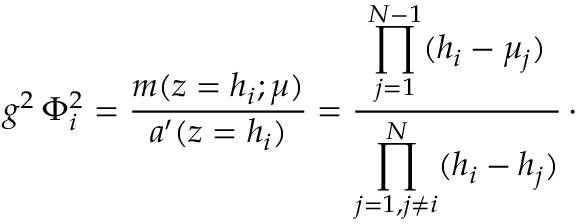
g ^ { 2 } \, \Phi _ { i } ^ { 2 } = { \frac { m ( z = h _ { i } ; \mu ) } { a ^ { \prime } ( z = h _ { i } ) } } = { \frac { \displaystyle \prod _ { j = 1 } ^ { N - 1 } ( h _ { i } - \mu _ { j } ) } { \displaystyle \prod _ { j = 1 , j \neq i } ^ { N } ( h _ { i } - h _ { j } ) } } \, \cdotp